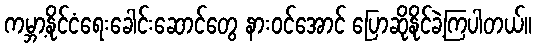
ကမ္ဘာ့နိုင်ငံရေးခေါင်းဆောင်တွေ နားဝင်အောင် ပြောဆိုနိုင်ခဲ့ကြပါတယ်။